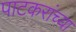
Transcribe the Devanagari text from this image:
पाटकरांच्या